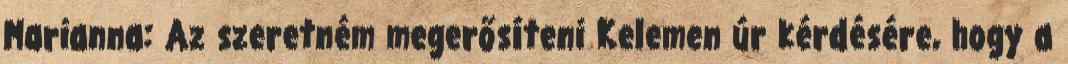
Marianna: Az szeretném megerősíteni Kelemen úr kérdésére, hogy a